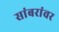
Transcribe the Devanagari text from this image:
सांबरांवर